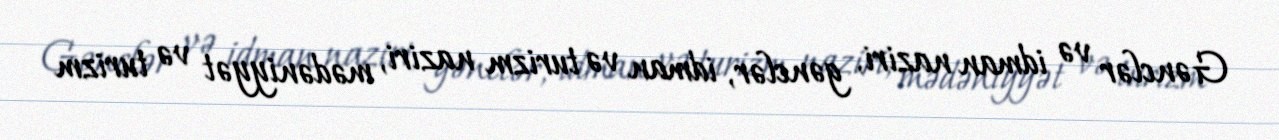
Gənclər və idman naziri, gənclər, idman və turizm naziri, mədəniyyət və turizm